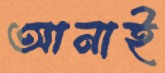
আনাই